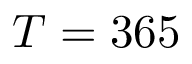
T = 3 6 5